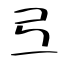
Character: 弖